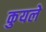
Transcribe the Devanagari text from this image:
कुयले